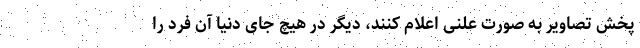
پخش تصاویر به صورت علنی اعلام کنند، دیگر در هیچ جای دنیا آن فرد را